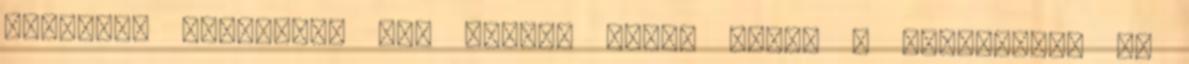
kezemmel szeretném egy kicsit odébb tolni a hordágyat, de